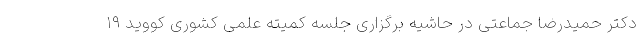
دکتر حمیدرضا جماعتی در حاشیه برگزاری جلسه کمیته علمی کشوری کووید ۱۹